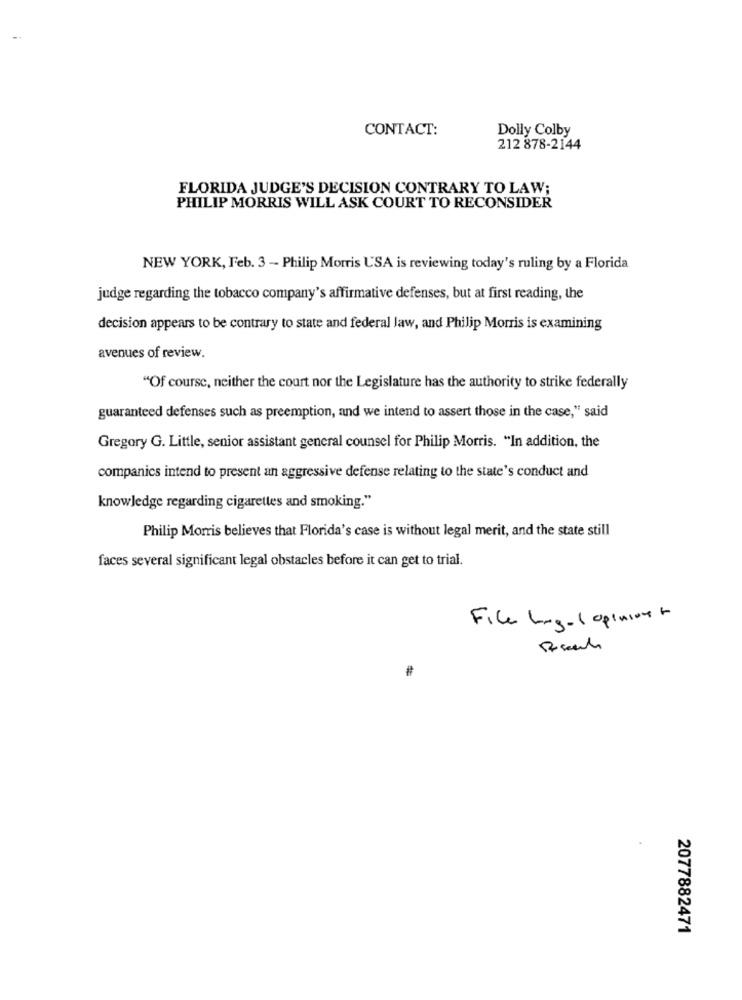
CONTACT:
Dolly Colby
212 878-2144
FLORIDA JUDGE'S DECISION CONTRARY TO LAW;
PHILIP MORRIS WILL ASK COURT TO RECONSIDER
NEW YORK, Feb. 3 - Philip Morris USA is reviewing today's ruling by a Florida
judge regarding the tobacco company's affirmative defenses, but at first reading, the
decision appears to be contrary to state and federal law, and Philip Morris is examining
avenues of review.
"Of course, neither the court nor the Legislature has the authority to strike federally
guaranteed defenses such as preemption, and we intend to assert those in the case," said
Gregory G. Little, senior assistant general counsel for Philip Morris. "In addition, the
companies intend to present an aggressive defense relating to the state's conduct and
knowledge regarding cigarettes and smoking."
Philip Morris believes that Florida's case is without legal merit, and the state still
faces several significant legal obstacles before it can get to trial.
File Legal opinioner
2077882471